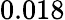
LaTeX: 0.018